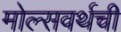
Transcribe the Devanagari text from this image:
मोल्सवर्थची